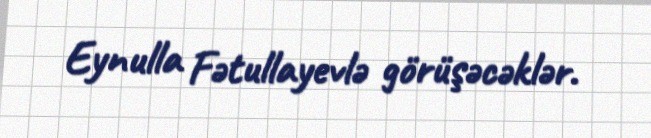
Eynulla Fətullayevlə görüşəcəklər.